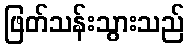
ဖြတ်သန်းသွားသည်